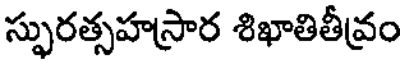
స్ఫురత్సహస్రార శిఖాతితీవ్రం